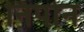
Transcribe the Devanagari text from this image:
निपोन